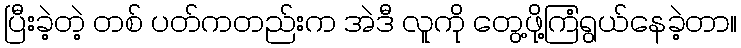
ပြီးခဲ့တဲ့ တစ် ပတ်ကတည်းက အဲဒီ လူကို တွေ့ဖို့ကြံရွယ်နေခဲ့တာ။